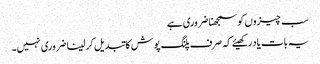
سب چیزوں کو سمجھنا ضروری ہے
یہ بات یاد رکھیئے کہ صرف پلنگ پوش کا تبدیل کر لینا ضروری نہیں۔